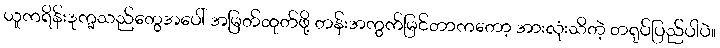
ယူကရိန်းဒုက္ခသည်တွေအပေါ် အမြတ်ထုတ်ဖို့ တန်းအကွက်မြင်တာကတော့ အားလုံးသိတဲ့ တရုပ်ပြည်ပါပဲ။